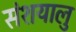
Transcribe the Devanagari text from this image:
संशयालु